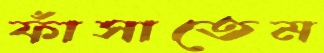
ফাঁসাতেম